Report on vaccination in Madras 1895-1903 - 1895-1903
Year: 1895
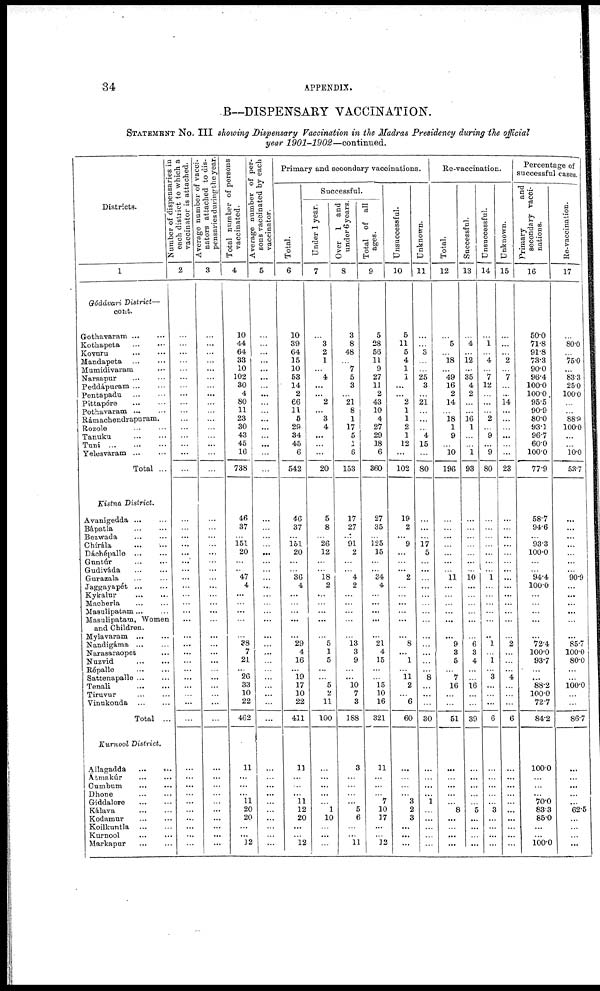
34
APPENDIX.
B—DISPENSARY VACCINATION.
STATEMENT No. III showing Dispensary Vaccination in the Madras Presidency during the official
year 1901-1902—continued.
Districts.
1
Gódávari District—
cont.
Gothavaram ... ...
Kothapeta
...
...
Kovuru
...
...
Mandapeta ... ...
Mumidivaram ...
Narsapur
...
...
Peddápuram ... ...
Pentapadu
...
...
Pittapóre
...
...
Pothavaram ... ...
Rámachendrapuram.
Rozole
...
...
Tanuku
...
...
Tuni
...
...
...
Yelesvaram ... ...
Total ...
Kistna District.
Avanigedda
...
...
Bápatla
...
...
Bezwada ... ...
Chírála ... ...
Dáchépalle
...
...
Guntúr
...
...
Gudiváda ... ...
Gurazala ... ...
Jaggayapét
...
...
Kykalur
...
...
Macherla ... ...
Masulipatam... ...
Masulipatam, Women
and Children.
Mylavaram ... ...
Nandigáma ... ...
Narasaraopet ...
Nuzvid
...
...
Répalle ... ...
Sattenapalle ... ...
Tenali
...
...
Tiruvur
...
...
Vinukonda ... ...
Total ...
Kurnool District.
Allagadda
...
...
Atmakúr
...
...
Cumbum ... ...
Dhone
...
...
Giddalore
...
...
Kálava ... ...
Kodamur
...
...
Koilknntla
...
...
Kurnool ... ...
Markapur ... ...
Number of dispensaries in
each district to which a
vaccinator is attached.
2
...
...
...
...
...
...
...
...
...
...
...
...
...
...
...
...
...
...
...
...
... ...
...
...
...
...
...
...
...
...
...
...
...
...
...
...
...
...
...
...
...
...
...
...
...
...
...
...
...
Average number of vacci-
nators attached to dis-
pensaries during the year.
3
...
...
...
...
...
...
...
...
...
...
...
...
...
...
...
...
...
...
...
...
...
...
...
...
...
...
...
...
...
...
...
...
...
...
...
...
...
...
...
...
...
...
...
...
...
...
...
...
...
Total number of persons
vaccinated.
4
10
44
64
33
10
102
30
4
80
11
23
30
43
45
16
738
46
37
... 151
20
...
...
47
4
...
...
...
...
... 38
7
21
... 26
33
10
22
462
11
...
...
... 11
20
20
...
... 12
Average number of per-
sons vaccinated by each
vaccinator.
5
...
...
...
...
...
...
...
...
...
...
...
...
...
...
...
...
...
...
...
...
...
...
...
...
...
...
...
...
...
...
...
...
...
...
...
...
...
...
...
...
...
...
...
...
...
...
...
...
...
Primary and secondary vaccinations.
Total.
6
10
39
64
15
10
53
14
2
66
11
5
29
34
45
6
542
46
37
... 151
20
...
...
36
4
...
...
...
...
...
29 4
16
... 19
17
10
22
411
13
...
...
... 11
12
20
...
...
12
Successful.
Under 1 year.
7
...
3
2
1
...
4
...
...
2
...
3
4
...
...
...
20
5
8
... 26
12
...
...
18
2
...
...
...
...
... 5
1
5
...
...
5
2
11
100
...
...
...
...
...
1
10
...
...
...
Over 1 and
under 6 years.
8
3
8
48
...
7
5
3
...
21
8
1
17
5
...
6
153
17
27
... 91
2
...
...
4
2
...
...
...
...
... 13
3
9
...
... 10
7
3
188
3
...
...
...
... 5
6
...
... 11
Total of all
ages.
9
5
28
56
11
9
27
11
2
43
10
4
27
29
18
6
360
27
35
... 125
15
...
... 34
4
...
...
...
...
... 21
4
15
...
...
15
10
16
321
11
...
...
...
7
10
17
...
...
32
Unsuccessful.
10
5
11
5
4
1
1
...
...
2
1
1
2
1
12
...
102
19
2
... 9
...
...
... 2
...
...
...
...
...
... 8
...
1
... 11
2
...
6
60
...
...
...
...
3
2
3
...
...
...
Unknown.
11
...
...
3
...
...
25
3
...
21
...
...
...
4
15
...
80
...
...
...
17
5
...
...
...
...
...
...
...
...
...
...
...
...
... 8
...
...
...
30
...
...
...
... 1
...
...
...
...
...
Re-vaccination.
Total.
12
...
5
...
18
...
49
16
2
14
...
18
1
9
...
10
196
...
...
...
...
...
...
...
11
...
...
...
...
...
... 9
3
5
... 7
16
...
...
51
...
...
...
...
... 8
...
...
...
...
Successful.
13
...
4
...
12
...
35
4
2
...
...
16
1
...
...
1
93
...
...
...
...
...
...
...
10
...
...
...
...
...
... 6
3
4
...
...
16
...
...
39
...
...
...
...
...
5
...
...
...
...
Unsuccessful.
14
...
1
...
4
...
7
12
...
...
...
2
...
9
... 9
80
...
...
...
...
...
...
...
1
...
...
...
...
...
... 1
...
1
...
3
...
...
...
6
...
...
...
...
... 3
...
...
...
...
Unknown.
15
...
...
...
2
...
7
...
...
14
...
...
...
...
...
...
23
...
...
...
...
...
...
...
...
...
...
...
...
...
... 2
...
...
... 4
...
...
...
6
...
...
...
...
...
...
...
...
...
...
Percentage of
successful cases.
Primary
and
secondary vacci-
nations.
16
50.0
71.8
91.8
73.3
90.0
96.4
100.0
100.0
95.5
90.9
80.0
93.1
96.7
60.0
100.0
77.9
58.7
94.6
... 93.3
100.0
...
...
94.4
100.0
...
...
...
...
... 72.4
100.0
93.7
...
... 88.2
100.0
72.7
84.2
100.0
...
...
... 70.0
83.3
85.0
...
...
100.0
Re-vaccination.
17
...
80.0
...
75.0
... 83.3
25.0
100.0
...
...
88·9
100.0
...
...
10.0
53.7
...
...
...
...
...
...
...
90.9
...
...
...
...
...
... 85.7
100.0
80.0
...
...
100.0
...
...
86.7
...
...
...
...
... 62.5
...
...
...
...